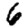
Digit: 6